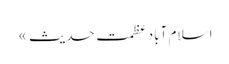
ا سلام آباد	عظمت حدیث »